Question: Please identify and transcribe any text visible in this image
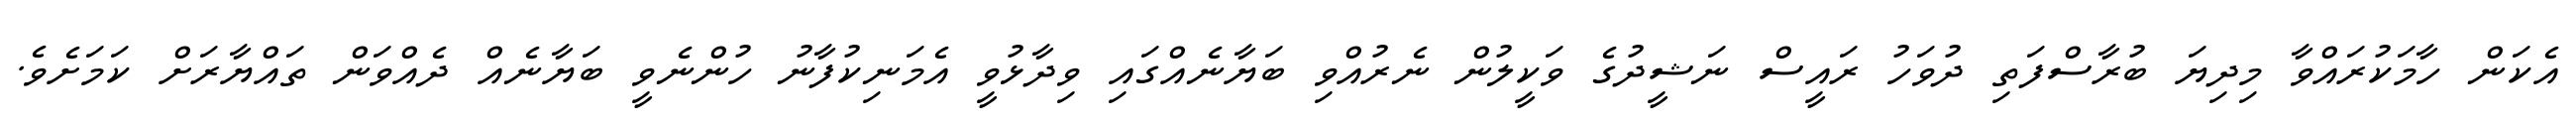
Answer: އެކަން ހާމަކުރައްވާ މިދިޔަ ބުރާސްފަތި ދުވަހު ރައީސް ނަޝީދުގެ ވަކީލުން ނެރުއްވި ބަޔާނެއްގައި ވިދާޅުވީ އެމަނިކުފާނު ހުންނެވީ ބަޔާނެއް ދެއްވަން ތައްޔާރަށް ކަމަށެވެ.